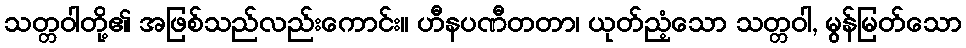
သတ္တဝါတို့၏ အဖြစ်သည်လည်းကောင်း။ ဟီနပဏီတတာ၊ ယုတ်ညံ့သော သတ္တဝါ, မွန်မြတ်သော